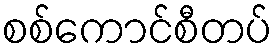
စစ်ကောင်စီတပ်